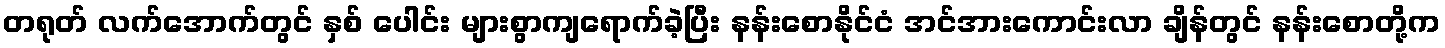
တရုတ် လက်အောက်တွင် နှစ် ပေါင်း များစွာကျရောက်ခဲ့ပြီး နန်းစောနိုင်ငံ အင်အားကောင်းလာ ချိန်တွင် နန်းစောတို့က